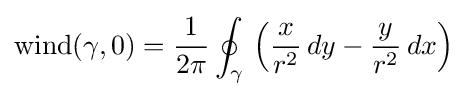
{\text{wind}}(\gamma ,0)={\frac {1}{2\pi }}\oint _{\gamma }\,\left({\frac {x}{r^{2}}}\,dy-{\frac {y}{r^{2}}}\,dx\right)